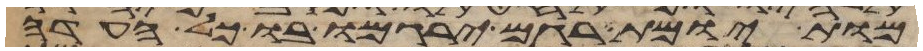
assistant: מות יומת רגם ירגמו בו כל העדה